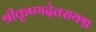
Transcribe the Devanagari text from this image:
श्रीकृष्णदेवरायश्च